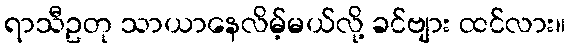
ရာသီဥတု သာယာနေလိမ့်မယ်လို့ ခင်ဗျား ထင်လား။